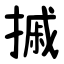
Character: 摵